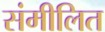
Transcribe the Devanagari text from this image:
संमीलित